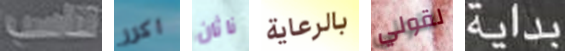
تناسب اكرر ناثان بالرعاية لقولي بداية